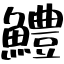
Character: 鱧